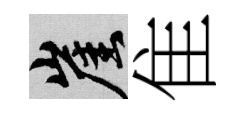
崖隹